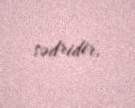
sədridir.